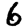
Digit: 6